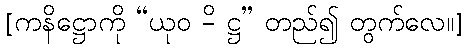
[ကနိဋ္ဌောကို “ယုဝ -ိ ဋ္ဌ” တည်၍ တွက်လေ။]